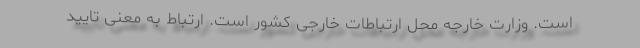
است. وزارت خارجه محل ارتباطات خارجی کشور است. ارتباط به معنی تایید